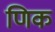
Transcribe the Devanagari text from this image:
णिक